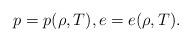
LaTeX: \begin{align*}p=p(\rho,T),e=e(\rho,T).\end{align*}